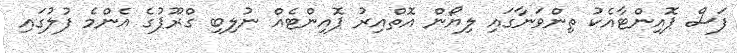
ފަސް ޕޮއިންޓާއެކު ތިންވަނާގައި ލިޔޯން އޮތްއިރު ޕޮއިންޓެއް ނުލިބި ގްރޫޕުގެ އެންމެ ފުލުގައި